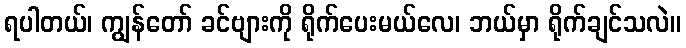
ရပါတယ်၊ ကျွန်တော် ခင်ဗျားကို ရိုက်ပေးမယ်လေ၊ ဘယ်မှာ ရိုက်ချင်သလဲ။